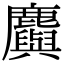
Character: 𪋮